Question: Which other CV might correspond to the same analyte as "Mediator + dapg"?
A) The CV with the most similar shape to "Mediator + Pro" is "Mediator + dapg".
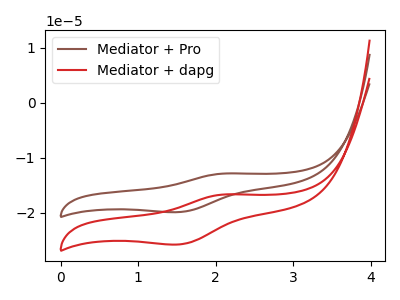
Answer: <think>The brown curve "Mediator + Pro" has an anodic peak at (2.10V, -12.85uA) and a cathodic peak at (1.55V, -19.85uA). The red curve "Mediator + dapg" has an anodic peak at (2.10V, -16.65uA) and a cathodic peak at (1.55V, -25.75uA).
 All the peaks in "Mediator + Pro" have a peak in "Mediator + dapg" at the same potential.</think>
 <answer>A) The CV with the most similar shape to "Mediator + Pro" is "Mediator + dapg".</answer>
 <eval>A</eval>